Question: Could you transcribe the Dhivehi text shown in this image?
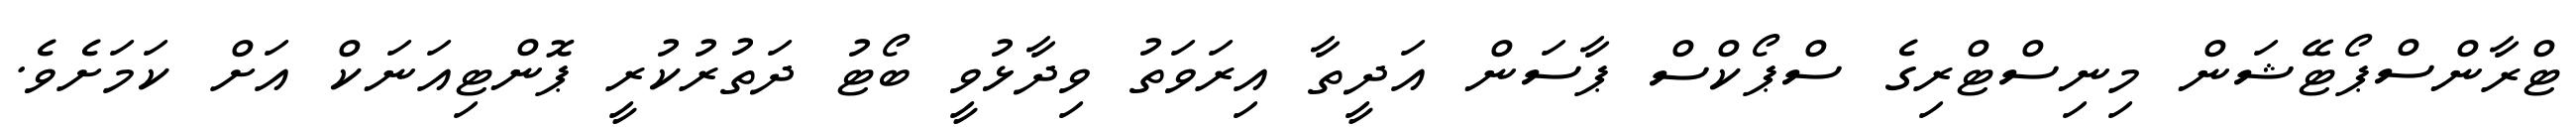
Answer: ޓްރާންސްޕޯޓޭޝަން މިނިސްޓްރިގެ ސްޕޯކްސް ޕާސަން އަދީތާ އިރަވަތު ވިދާޅުވީ ބޯޓު ދަތުރުކުރީ ޕޮންޓިއަނަކް އަށް ކަމަށެވެ.